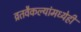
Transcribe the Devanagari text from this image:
व्रतवैकल्यांमध्येही